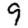
Digit: 9